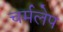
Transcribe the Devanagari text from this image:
चर्मलेप